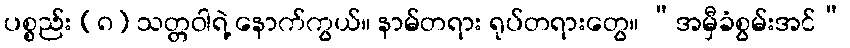
ပစ္စည်း (၈) သတ္တဝါရဲ့ နောက်ကွယ်။ နာမ်တရား ရုပ်တရားတွေ။ “အမှီခံစွမ်းအင်”